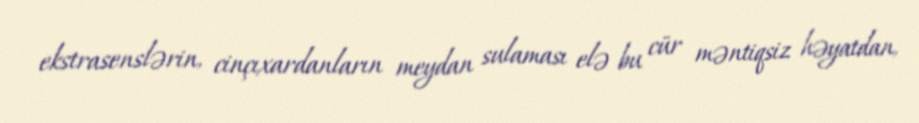
ekstrasenslərin, cinçıxardanların meydan sulaması elə bu cür məntiqsiz həyatdan,